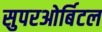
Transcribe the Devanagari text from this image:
सुपरओर्बिटल